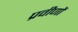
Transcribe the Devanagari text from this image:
प्रवीणों